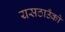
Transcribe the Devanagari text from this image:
यसठाउँको